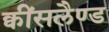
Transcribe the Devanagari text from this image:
क्वींसलैण्ड